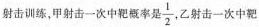
射击训练，甲射击一次中靶概率是\frac{1}{2}，乙射击一次中靶